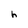
Character: h